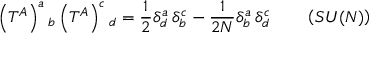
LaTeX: \left( T ^ { A } \right) ^ { a } { } _ { b } \left( T ^ { A } \right) ^ { c } { } _ { d } = \frac { 1 } { 2 } \delta _ { d } ^ { a } \, \delta _ { b } ^ { c } - \frac { 1 } { 2 N } \delta _ { b } ^ { a } \, \delta _ { d } ^ { c } \qquad \left( S U ( N ) \right)